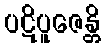
ပဋိပူဇေန္တိ